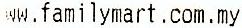
WW.FAMILYMART.COM.MY